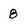
Character: 8